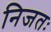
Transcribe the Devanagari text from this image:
निजतः